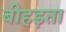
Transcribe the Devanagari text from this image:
बीहड़ता